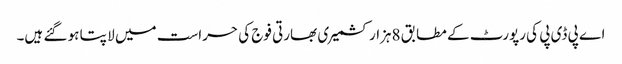
اے پی ڈی پی کی رپورٹ کے مطابق 8ہزار کشمیر ی بھارتی فوج کی حراست میں لا پتا ہو گئے ہیں۔